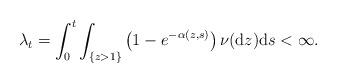
LaTeX: \begin{align*}\lambda_{t}=\int_{0}^{t}\int_{\lbrace z>1\rbrace}\left(1-e^{-\alpha(z,s)}\right)\nu(\mathrm{d}z)\mathrm{d}s<\infty.\end{align*}